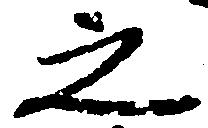
之